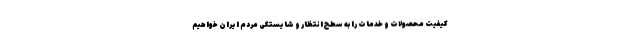
کیفیت محصولات و خدمات را به سطح انتظار و شایستگی مردم ایران خواهیم